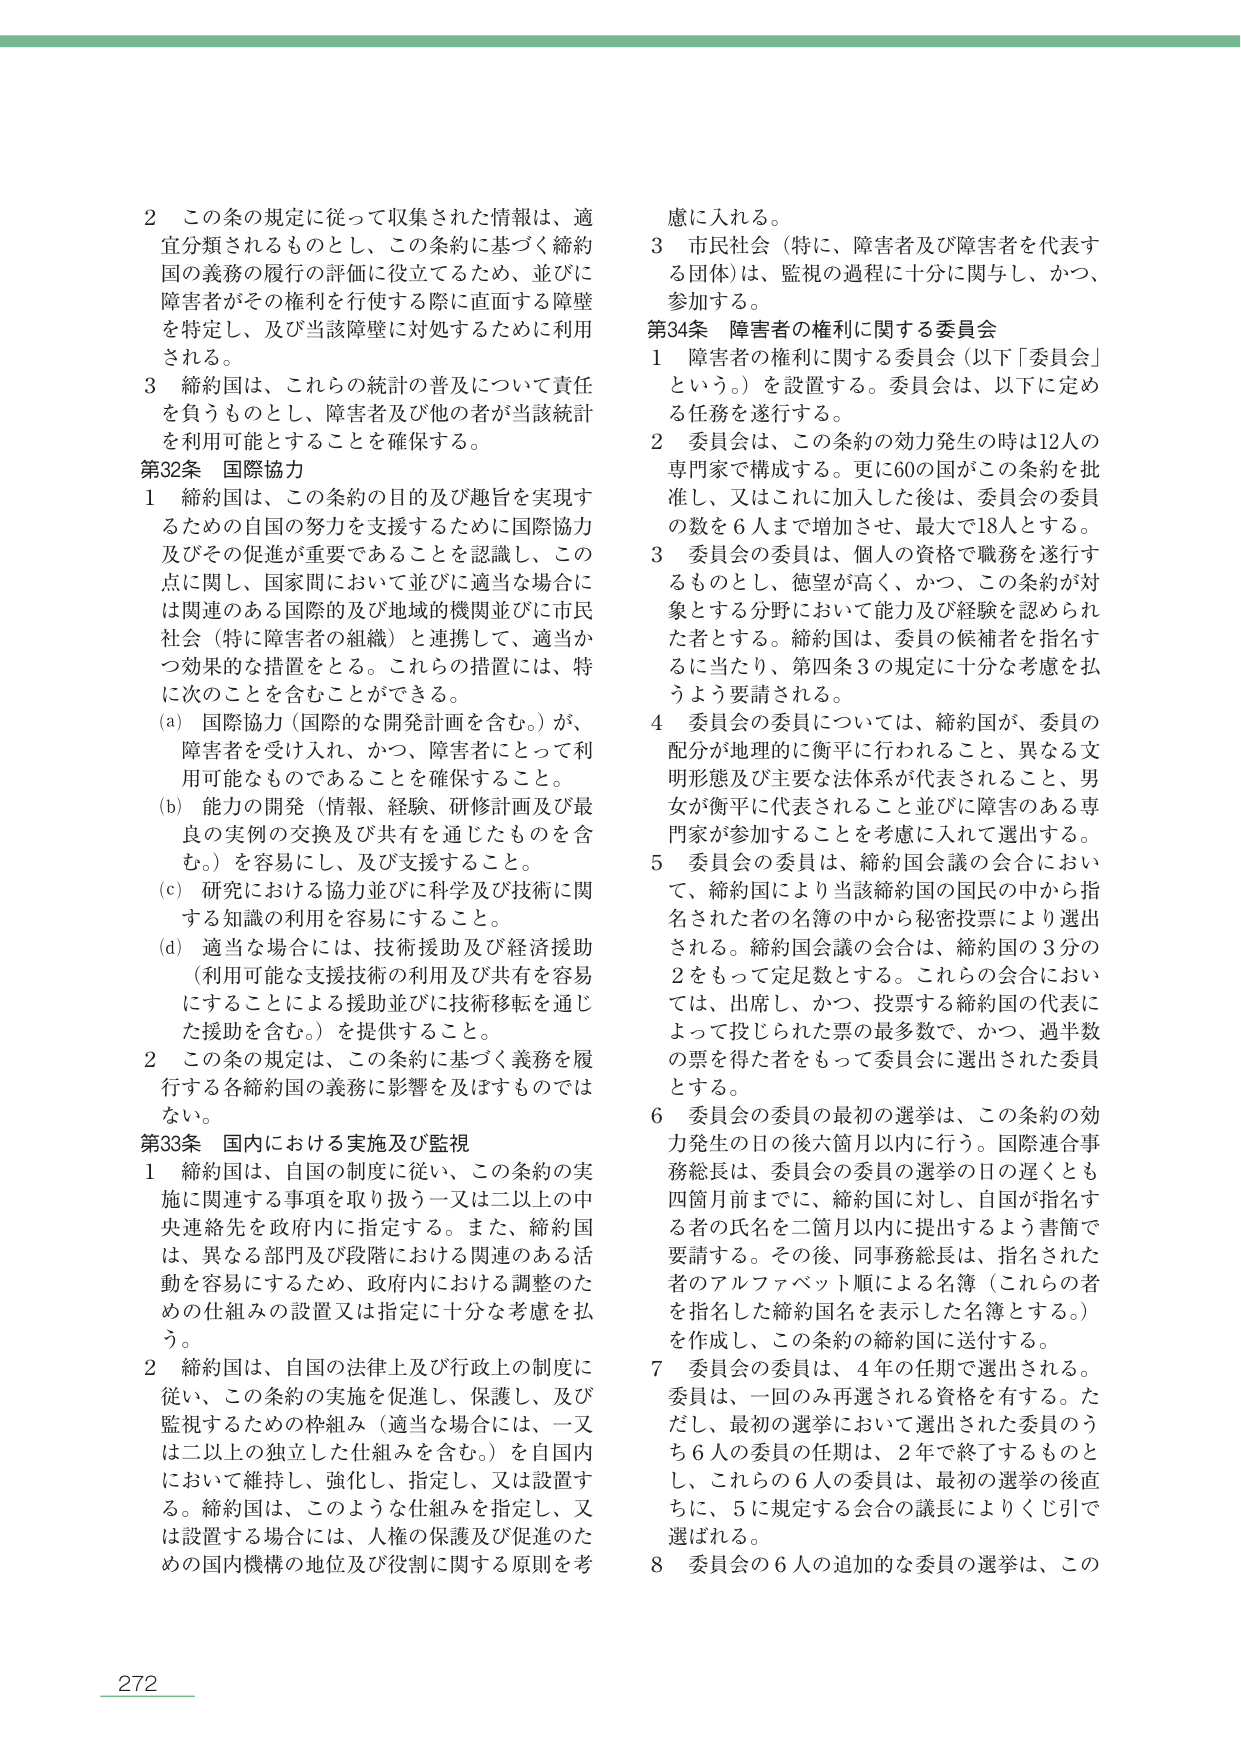
2 この条の規定に従って収集された情報は、適宜分類されるものとし、この条約に基づく締約国の義務の履行の評価に役立てるため、並びに障害者がその権利を行使する際に直面する障壁を特定し、及び当該障壁に対処するために利用される。

3 締約国は、これらの統計の普及について責任を負うものとし、障害者及び他の者が当該統計を利用可能とすることを確保する。

第32条 国際協力

1 締約国は、この条約の目的及び趣旨を実現するための自国の努力を支援するために国際協力及びその促進が重要であることを認識し、この点に関し、国家間において並びに適当な場合には関連のある国際的及び地域的機関並びに市民社会（特に障害者の組織）と連携して、適当かつ効果的な措置をとる。これらの措置には、特に次のことを含むことができる。

(a) 国際協力（国際的な開発計画を含む。）が、障害者を受け入れ、かつ、障害者にとって利用可能なものであることを確保すること。

(b) 能力の開発（情報、経験、研修計画及び最良の実例の交換及び共有を通じたものを含む。）を容易にし、及び支援すること。

(c) 研究における協力並びに科学及び技術に関する知識の利用を容易にすること。

(d) 適当な場合には、技術援助及び経済援助（利用可能な支援技術の利用及び共有を容易にすることによる援助並びに技術移転を通じた援助を含む。）を提供すること。

2 この条の規定は、この条約に基づく義務を履行する各締約国の義務に影響を及ぼすものではない。

第33条 国内における実施及び監視

1 締約国は、自国の制度に従い、この条約の実施に関連する事項を取り扱う一又は二以上の中央連絡先を政府内に指定する。また、締約国は、異なる部門及び段階における関連のある活動を容易にするため、政府内における調整のための仕組みの設置又は指定に十分な考慮を払う。

2 締約国は、自国の法律上及び行政上の制度に従い、この条約の実施を促進し、保護し、及び監視するための枠組み（適当な場合には、一又は二以上の独立した仕組みを含む。）を自国内において維持し、強化し、指定し、又は設置する。締約国は、このような仕組みを指定し、又は設置する場合には、人権の保護及び促進のための国内機構の地位及び役割に関する原則を考慮に入れる。

3 市民社会（特に、障害者及び障害者を代表する団体）は、監視の過程に十分に関与し、かつ、参加する。

第34条 障害者の権利に関する委員会

1 障害者の権利に関する委員会（以下「委員会」という。）を設置する。委員会は、以下に定める任務を遂行する。

2 委員会は、この条約の効力発生の時は12人の専門家で構成する。更に60の国がこの条約を批准し、又はこれに加入した後は、委員会の委員の数を6人まで増加させ、最大で18人とする。

3 委員会の委員は、個人の資格で職務を遂行するものとし、徳望が高く、かつ、この条約が対象とする分野において能力及び経験を認められた者とする。締約国は、委員の候補者を指名するに当たり、第四条3の規定に十分な考慮を払うよう要請される。

4 委員会の委員については、締約国が、委員の配分が地理的に衡平に行われること、異なる文明形態及び主要な法体系が代表されること、男女が衡平に代表されること並びに障害のある専門家が参加することを考慮に入れて選出する。

5 委員会の委員は、締約国会議の会合において、締約国により当該締約国の国民の中から指名された者の名簿の中から秘密投票により選出される。締約国会議の会合は、締約国の3分の2をもって定足数とする。これらの会合においては、出席し、かつ、投票する締約国の代表によって投じられた票の最多数で、かつ、過半数の票を得た者をもって委員会に選出された委員とする。

6 委員会の委員の最初の選挙は、この条約の効力発生の日の後六箇月以内に行う。国際連合事務総長は、委員会の委員の選挙の日の遅くとも四箇月前までに、締約国に対し、自国が指名する者の氏名を二箇月以内に提出するよう書簡で要請する。その後、同事務総長は、指名された者のアルファベット順による名簿（これらの者を指名した締約国名を表示した名簿とする。）を作成し、この条約の締約国に送付する。

7 委員会の委員は、4年の任期で選出される。委員は、一回のみ再選される資格を有する。ただし、最初の選挙において選出された委員のうち6人の委員の任期は、2年で終了するものとし、これらの6人の委員は、最初の選挙の後直ちに、5に規定する会合の議長によりくじ引で選ばれる。

8 委員会の6人の追加的な委員の選挙は、この

272